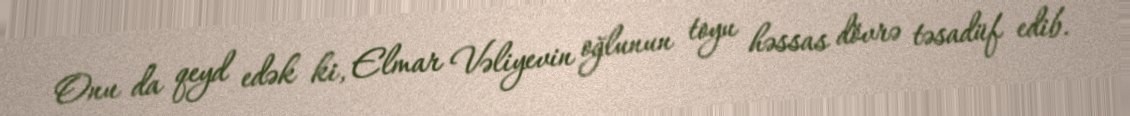
Onu da qeyd edək ki, Elmar Vəliyevin oğlunun toyu həssas dövrə təsadüf edib.